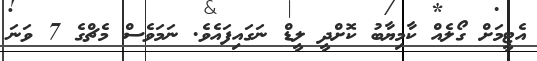
އެޓީމަށް ގޯލެއް ކާމިޔާބު ކޮށްދީ ލީޑް ނަގައިފައެވެ. ނަމަވެސް މެޗްގެ 7 ވަނަ